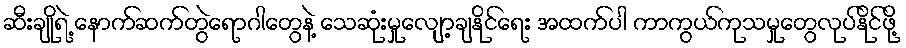
ဆီးချိုရဲ့ နောက်ဆက်တွဲရောဂါတွေနဲ့ သေဆုံးမှုလျော့ချနိုင်ရေး အထက်ပါ ကာကွယ်ကုသမှုတွေလုပ်နိုင်ဖို့